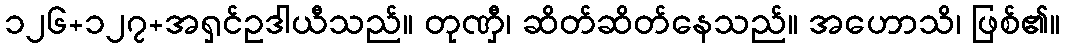
၁၂၆+၁၂၇+အရှင်ဥဒါယီသည်။ တုဏှီ၊ ဆိတ်ဆိတ်နေသည်။ အဟောသိ၊ ဖြစ်၏။